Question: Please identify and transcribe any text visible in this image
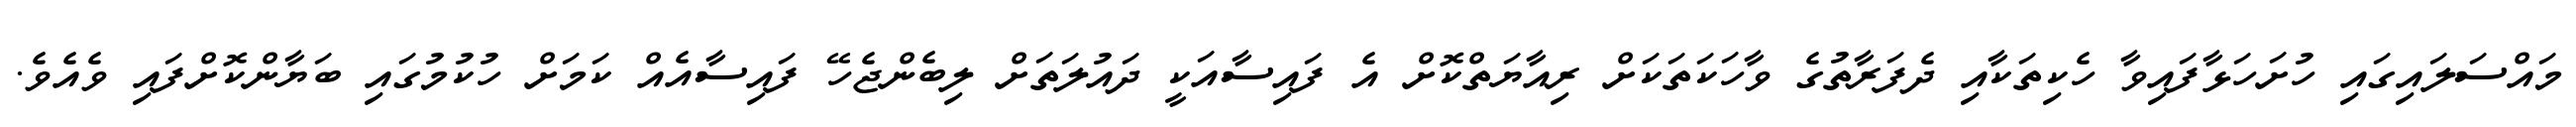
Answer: މައްސަލައިގައި ހުށަހަޅާފައިވާ ހެކިތަކާއި ދެފަރާތުގެ ވާހަކަތަކަށް ރިއާޔަތްކޮށް އެ ފައިސާއަކީ ދައުލަތަށް ލިބެންޖެހޭ ފައިސާއެއް ކަމަށް ހުކުމުގައި ބަޔާންކޮށްފައި ވެއެވެ.